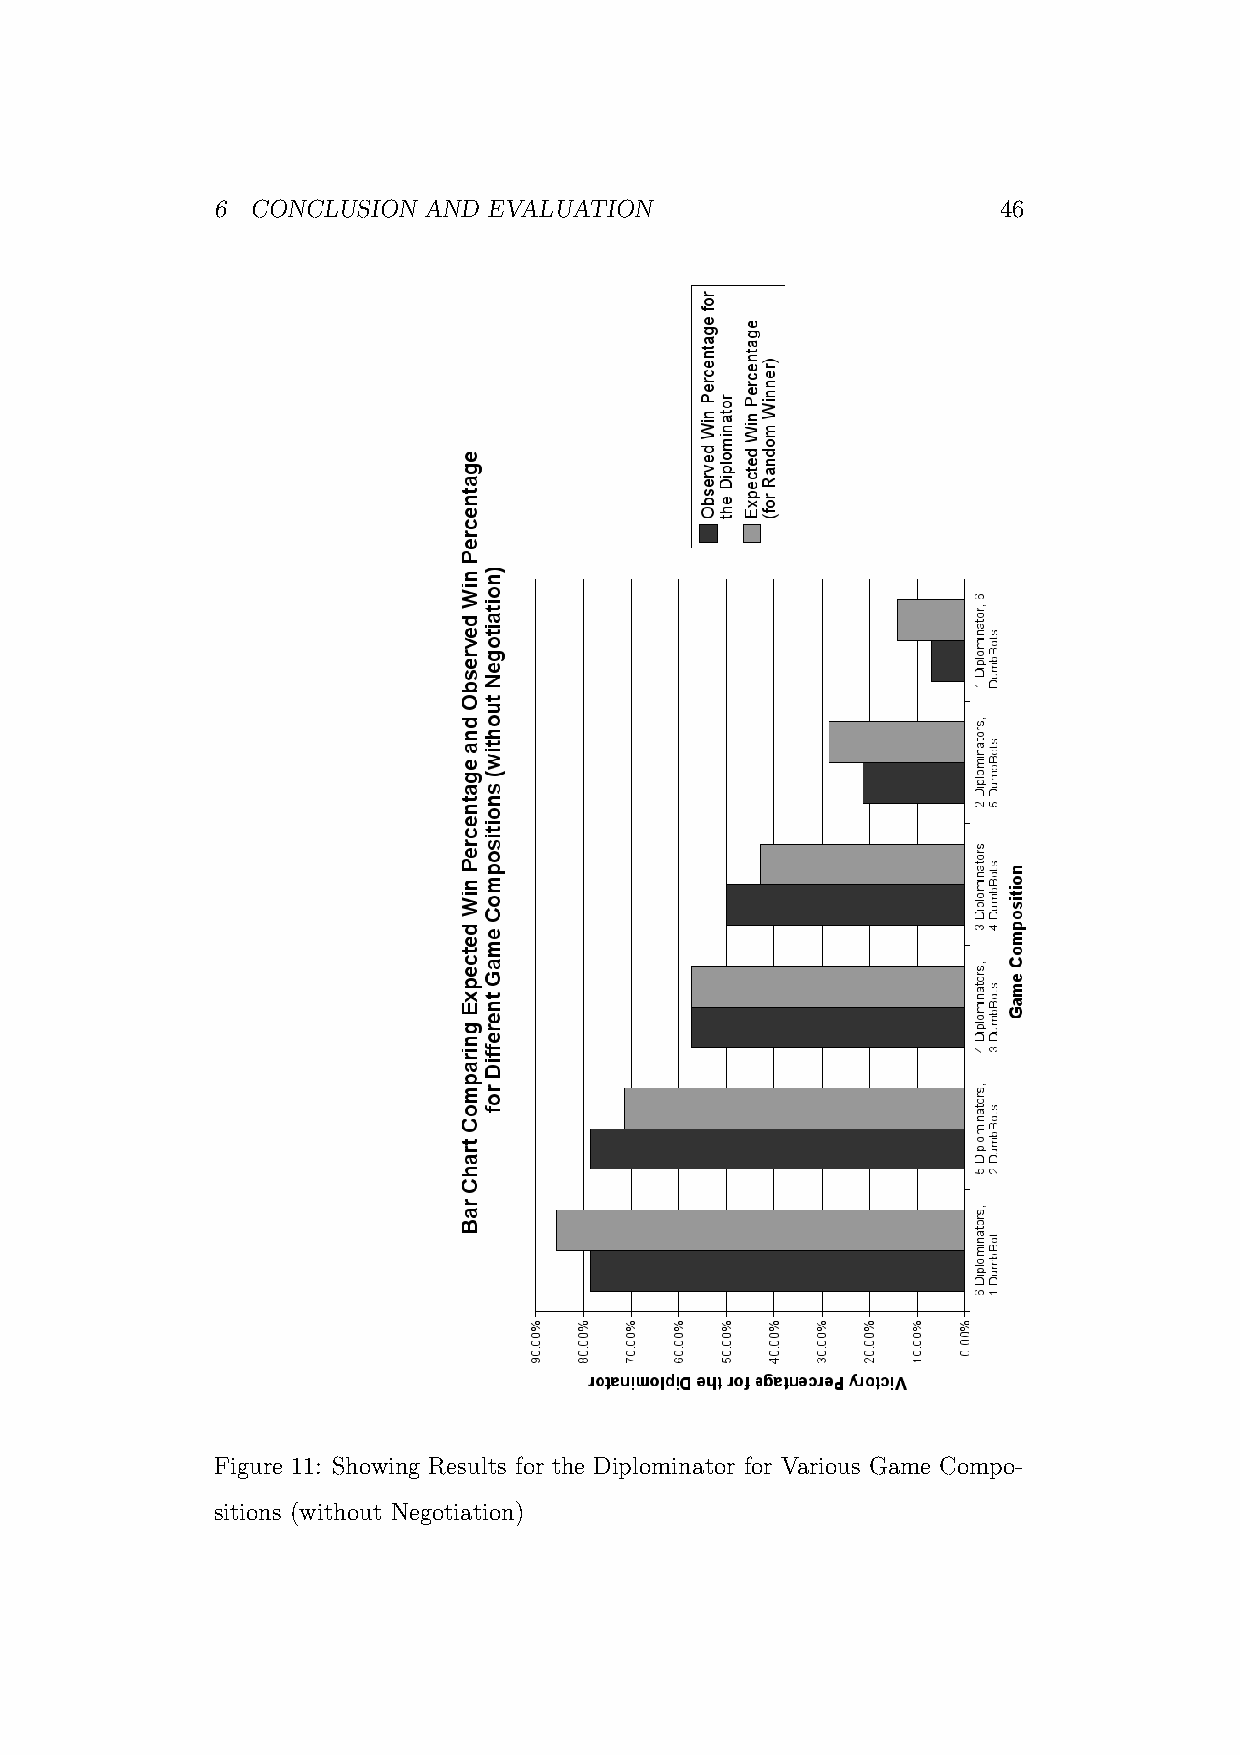
6  CONCLUSION AND EVALUATION                        46
 Figure 11: Showing Results for the Diplominator for Various Game Compo-
 sitions (without Negotiation)